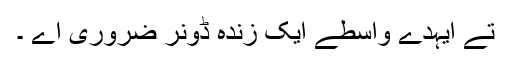
تے ایہدے واسطے ایک زندہ ڈونر ضروری اے ۔